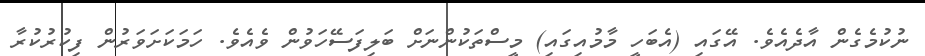
ނުކުމެގެން އާދެއެވެ. އޭގައި (އެބަހީ މާމުއިގައި) މީސްތަކުންނަށް ބަލިފަސޭހަވުން ވެއެވެ. ހަމަކަށަވަރުން ފިކުރުކުރާ